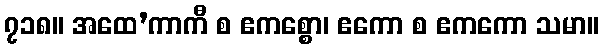
၇၁၈။ အထေ’ကာကီ စ ဧကစ္စော၊ ဧကော စ ဧကကော သမာ။